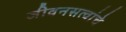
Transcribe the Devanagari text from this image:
जीवनसत्वांचे